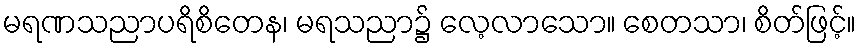
မရဏသညာပရိစိတေန၊ မရသညာ၌ လေ့လာသော။ စေတသာ၊ စိတ်ဖြင့်။